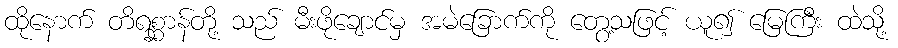
ထိုနောက် တိရစ္ဆာန်တို့ သည် မီးဖိုချောင်မှ အမဲခြောက်ကို တွေ့သဖြင့် ယူ၍ မြေကြီး ထဲသို့